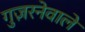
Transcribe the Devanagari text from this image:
गुज़रनेवाले